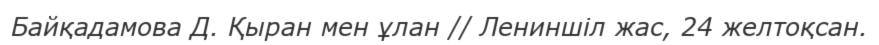
Байқадамова Д. Қыран мен ұлан // Лениншіл жас, 24 желтоқсан.